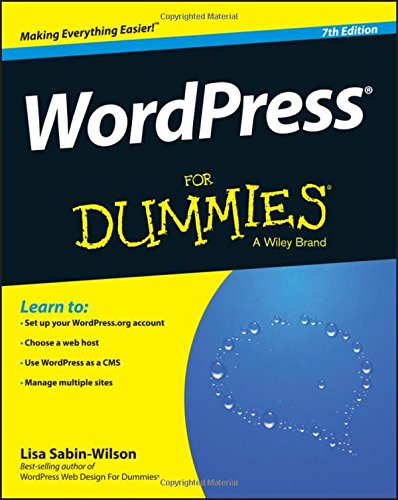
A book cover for WordPress For Dummies; Lisa Sabin-Wilson; Computers & Technology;